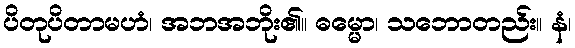
ပိတုပိတာမဟံ၊ အဘအဘိုး၏။ ဓမ္မော၊ သဘောတည်း။ နံ၊